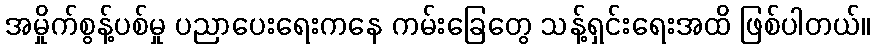
အမှိုက်စွန့်ပစ်မှု ပညာပေးရေးကနေ ကမ်းခြေတွေ သန့်ရှင်းရေးအထိ ဖြစ်ပါတယ်။